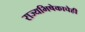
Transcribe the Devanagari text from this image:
राज्यभिषेकाचेही